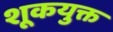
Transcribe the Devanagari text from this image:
शूकयुक्त